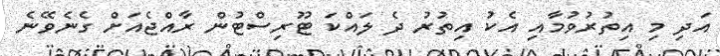
އަދި މި އިތުރުވުމާއި އެކު އިތުރު ދެ ލައްކަ ޓޫރިސްޓުން ރާއްޖެއަށް ގެނެވޭނެ